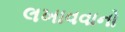
લખાવવાનો